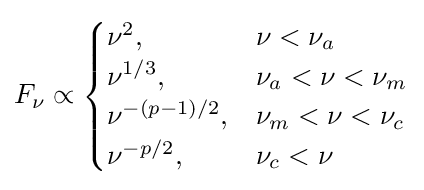
F_{\nu }\propto {\begin{cases}{\nu ^{2}},&\nu <\nu _{a}\\{\nu ^{1/3}},&\nu _{a}<\nu <\nu _{m}\\{\nu ^{-(p-1)/2}},&\nu _{m}<\nu <\nu _{c}\\{\nu ^{-p/2}},&\nu _{c}<\nu \end{cases}}